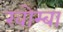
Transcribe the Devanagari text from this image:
खोम्बा